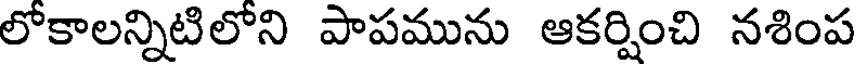
లోకాలన్నిటిలోని పాపమును ఆకర్షించి నశింప